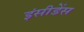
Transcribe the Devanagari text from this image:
इंसीडेंस